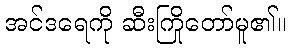
အင်ဒရေကို ဆီးကြိုတော်မူ၏။